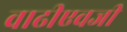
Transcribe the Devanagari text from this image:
वाढीएवजी